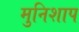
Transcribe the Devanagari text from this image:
मुनिशाप